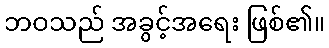
ဘဝသည် အခွင့်အရေး ဖြစ်၏။